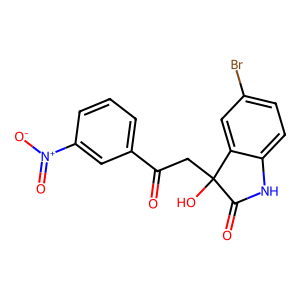
SMILES: O=C(CC1(O)C(=O)Nc2ccc(Br)cc21)c1cccc([N+](=O)[O-])c1
Inhibits HIV replication: No